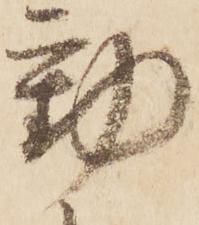
勤